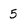
Character: 5